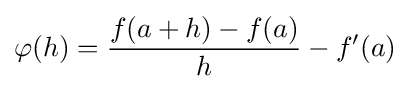
\varphi (h)={\frac {f(a+h)-f(a)}{h}}-f'(a)